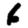
Digit: 6